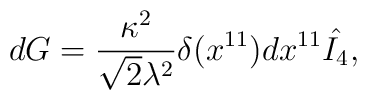
d G = {\kappa^2 \over \sqrt{2} \lambda^2} \delta(x^{11}) dx^{11} \hat{I_4},